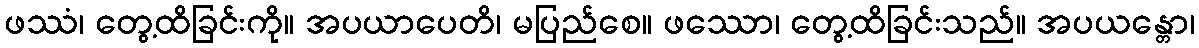
ဖဿံ၊ တွေ့ထိခြင်းကို။ အပယာပေတိ၊ မပြည်စေ။ ဖဿော၊ တွေ့ထိခြင်းသည်။ အပယန္တော၊